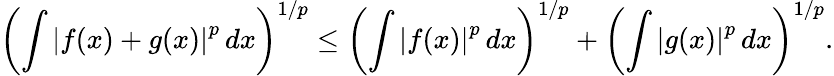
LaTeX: \left(\int\left|f(x)+g(x)\right|^{p}\, dx\right)^{1/p}\leq\left(\int\left|f(x)\right|^{p}\, dx\right)^{1/p}+\left(\int\left|g(x)\right|^{p}\, dx\right)^{1/p}.